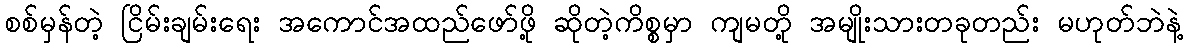
စစ်မှန်တဲ့ ငြိမ်းချမ်းရေး အကောင်အထည်ဖော်ဖို့ ဆိုတဲ့ကိစ္စမှာ ကျမတို့ အမျိုးသားတခုတည်း မဟုတ်ဘဲနဲ့